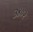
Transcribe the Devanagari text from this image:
३४०२